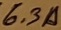
Text: 6.3A